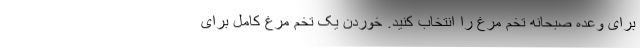
برای وعده صبحانه تخم مرغ را انتخاب کنید. خوردن یک تخم مرغ کامل برای